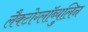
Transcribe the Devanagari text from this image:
लैक्टोग्लॉब्युलिन